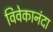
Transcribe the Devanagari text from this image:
विवेकानंदा